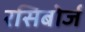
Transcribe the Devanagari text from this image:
रसिबोर्ज